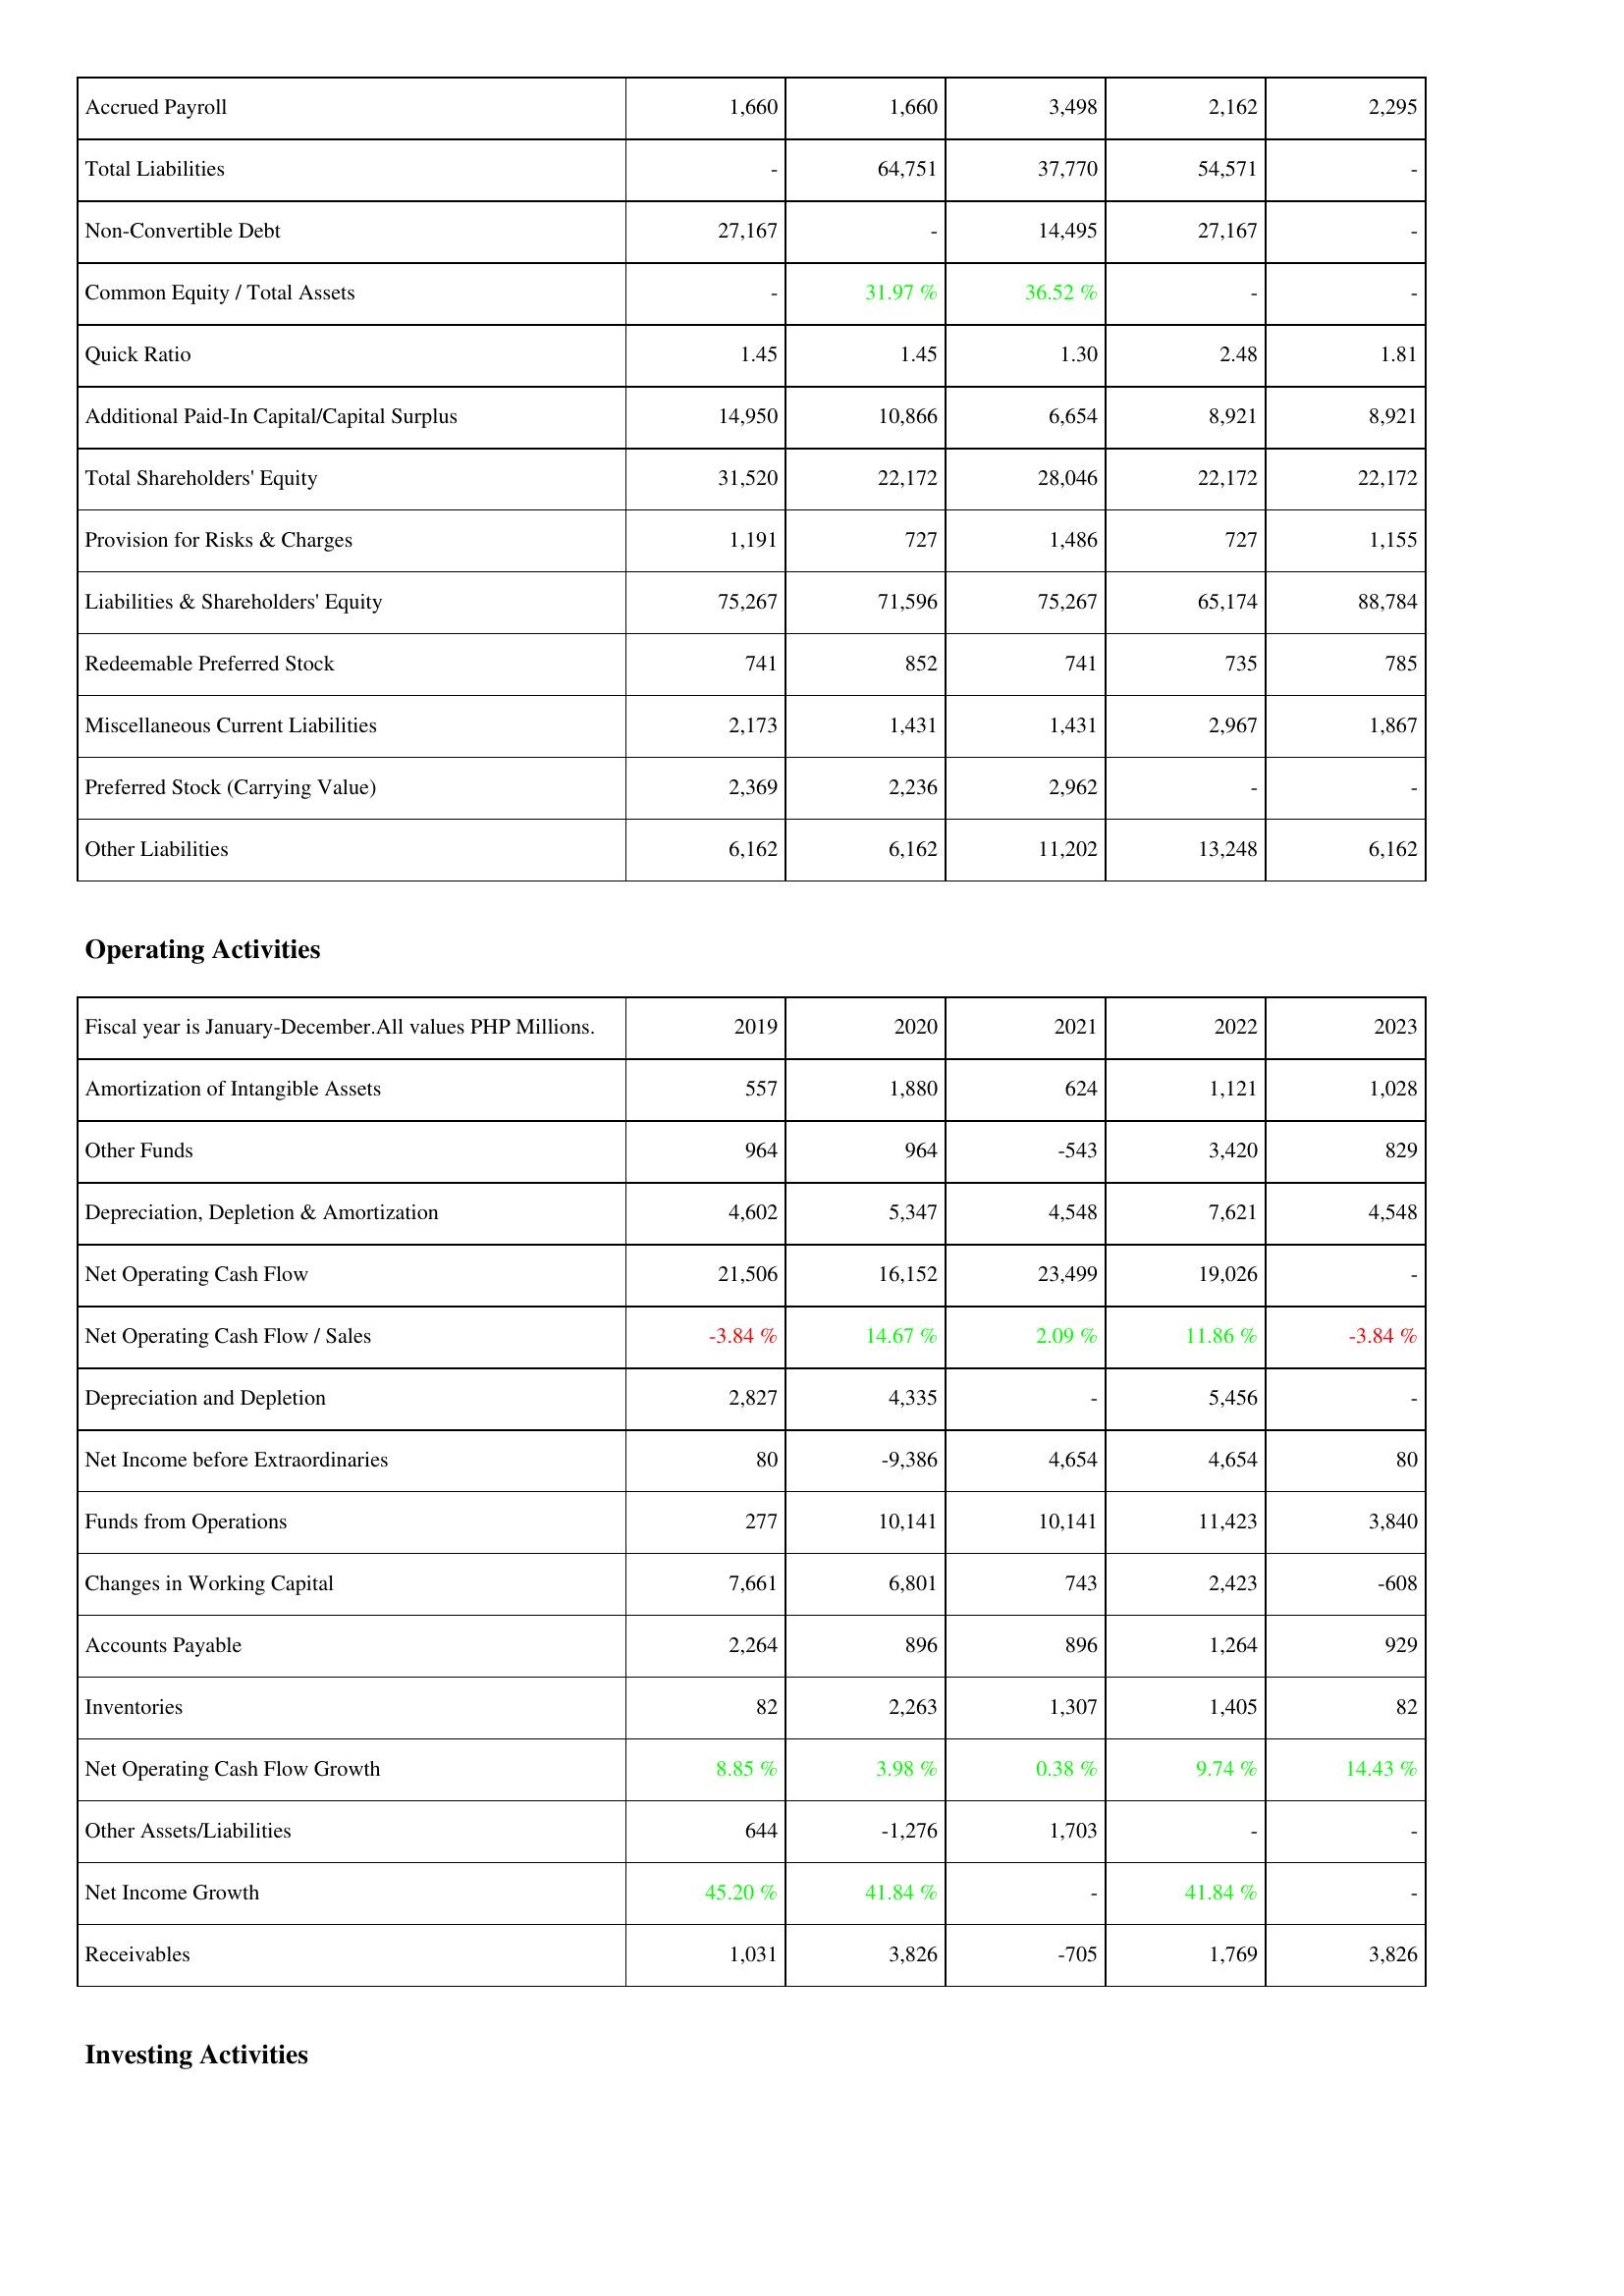
2019: Liabilities & Shareholders' Equity: Accrued Payroll: 1,660
Total Liabilities: -
Non-Convertible Debt: 27,167
Common Equity / Total Assets: -
Quick Ratio: 1.45
Additional Paid-In Capital/Capital Surplus: 14,950
Total Shareholders' Equity: 31,520
Provision for Risks & Charges: 1,191
Liabilities & Shareholders' Equity: 75,267
Redeemable Preferred Stock: 741
Miscellaneous Current Liabilities: 2,173
Preferred Stock (Carrying Value): 2,369
Other Liabilities: 6,162
Operating Activities: Amortization of Intangible Assets: 557
Other Funds: 964
Depreciation, Depletion & Amortization: 4,602
Net Operating Cash Flow: 21,506
Net Operating Cash Flow / Sales: -3.84 %
Depreciation and Depletion: 2,827
Net Income before Extraordinaries: 80
Funds from Operations: 277
Changes in Working Capital: 7,661
Accounts Payable: 2,264
Inventories: 82
Net Operating Cash Flow Growth: 8.85 %
Other Assets/Liabilities: 644
Net Income Growth: 45.20 %
Receivables: 1,031
2020: Liabilities & Shareholders' Equity: Accrued Payroll: 1,660
Total Liabilities: 64,751
Non-Convertible Debt: -
Common Equity / Total Assets: 31.97 %
Quick Ratio: 1.45
Additional Paid-In Capital/Capital Surplus: 10,866
Total Shareholders' Equity: 22,172
Provision for Risks & Charges: 727
Liabilities & Shareholders' Equity: 71,596
Redeemable Preferred Stock: 852
Miscellaneous Current Liabilities: 1,431
Preferred Stock (Carrying Value): 2,236
Other Liabilities: 6,162
Operating Activities: Amortization of Intangible Assets: 1,880
Other Funds: 964
Depreciation, Depletion & Amortization: 5,347
Net Operating Cash Flow: 16,152
Net Operating Cash Flow / Sales: 14.67 %
Depreciation and Depletion: 4,335
Net Income before Extraordinaries: -9,386
Funds from Operations: 10,141
Changes in Working Capital: 6,801
Accounts Payable: 896
Inventories: 2,263
Net Operating Cash Flow Growth: 3.98 %
Other Assets/Liabilities: -1,276
Net Income Growth: 41.84 %
Receivables: 3,826
2021: Liabilities & Shareholders' Equity: Accrued Payroll: 3,498
Total Liabilities: 37,770
Non-Convertible Debt: 14,495
Common Equity / Total Assets: 36.52 %
Quick Ratio: 1.30
Additional Paid-In Capital/Capital Surplus: 6,654
Total Shareholders' Equity: 28,046
Provision for Risks & Charges: 1,486
Liabilities & Shareholders' Equity: 75,267
Redeemable Preferred Stock: 741
Miscellaneous Current Liabilities: 1,431
Preferred Stock (Carrying Value): 2,962
Other Liabilities: 11,202
Operating Activities: Amortization of Intangible Assets: 624
Other Funds: -543
Depreciation, Depletion & Amortization: 4,548
Net Operating Cash Flow: 23,499
Net Operating Cash Flow / Sales: 2.09 %
Depreciation and Depletion: -
Net Income before Extraordinaries: 4,654
Funds from Operations: 10,141
Changes in Working Capital: 743
Accounts Payable: 896
Inventories: 1,307
Net Operating Cash Flow Growth: 0.38 %
Other Assets/Liabilities: 1,703
Net Income Growth: -
Receivables: -705
2022: Liabilities & Shareholders' Equity: Accrued Payroll: 2,162
Total Liabilities: 54,571
Non-Convertible Debt: 27,167
Common Equity / Total Assets: -
Quick Ratio: 2.48
Additional Paid-In Capital/Capital Surplus: 8,921
Total Shareholders' Equity: 22,172
Provision for Risks & Charges: 727
Liabilities & Shareholders' Equity: 65,174
Redeemable Preferred Stock: 735
Miscellaneous Current Liabilities: 2,967
Preferred Stock (Carrying Value): -
Other Liabilities: 13,248
Operating Activities: Amortization of Intangible Assets: 1,121
Other Funds: 3,420
Depreciation, Depletion & Amortization: 7,621
Net Operating Cash Flow: 19,026
Net Operating Cash Flow / Sales: 11.86 %
Depreciation and Depletion: 5,456
Net Income before Extraordinaries: 4,654
Funds from Operations: 11,423
Changes in Working Capital: 2,423
Accounts Payable: 1,264
Inventories: 1,405
Net Operating Cash Flow Growth: 9.74 %
Other Assets/Liabilities: -
Net Income Growth: 41.84 %
Receivables: 1,769
2023: Liabilities & Shareholders' Equity: Accrued Payroll: 2,295
Total Liabilities: -
Non-Convertible Debt: -
Common Equity / Total Assets: -
Quick Ratio: 1.81
Additional Paid-In Capital/Capital Surplus: 8,921
Total Shareholders' Equity: 22,172
Provision for Risks & Charges: 1,155
Liabilities & Shareholders' Equity: 88,784
Redeemable Preferred Stock: 785
Miscellaneous Current Liabilities: 1,867
Preferred Stock (Carrying Value): -
Other Liabilities: 6,162
Operating Activities: Amortization of Intangible Assets: 1,028
Other Funds: 829
Depreciation, Depletion & Amortization: 4,548
Net Operating Cash Flow: -
Net Operating Cash Flow / Sales: -3.84 %
Depreciation and Depletion: -
Net Income before Extraordinaries: 80
Funds from Operations: 3,840
Changes in Working Capital: -608
Accounts Payable: 929
Inventories: 82
Net Operating Cash Flow Growth: 14.43 %
Other Assets/Liabilities: -
Net Income Growth: -
Receivables: 3,826